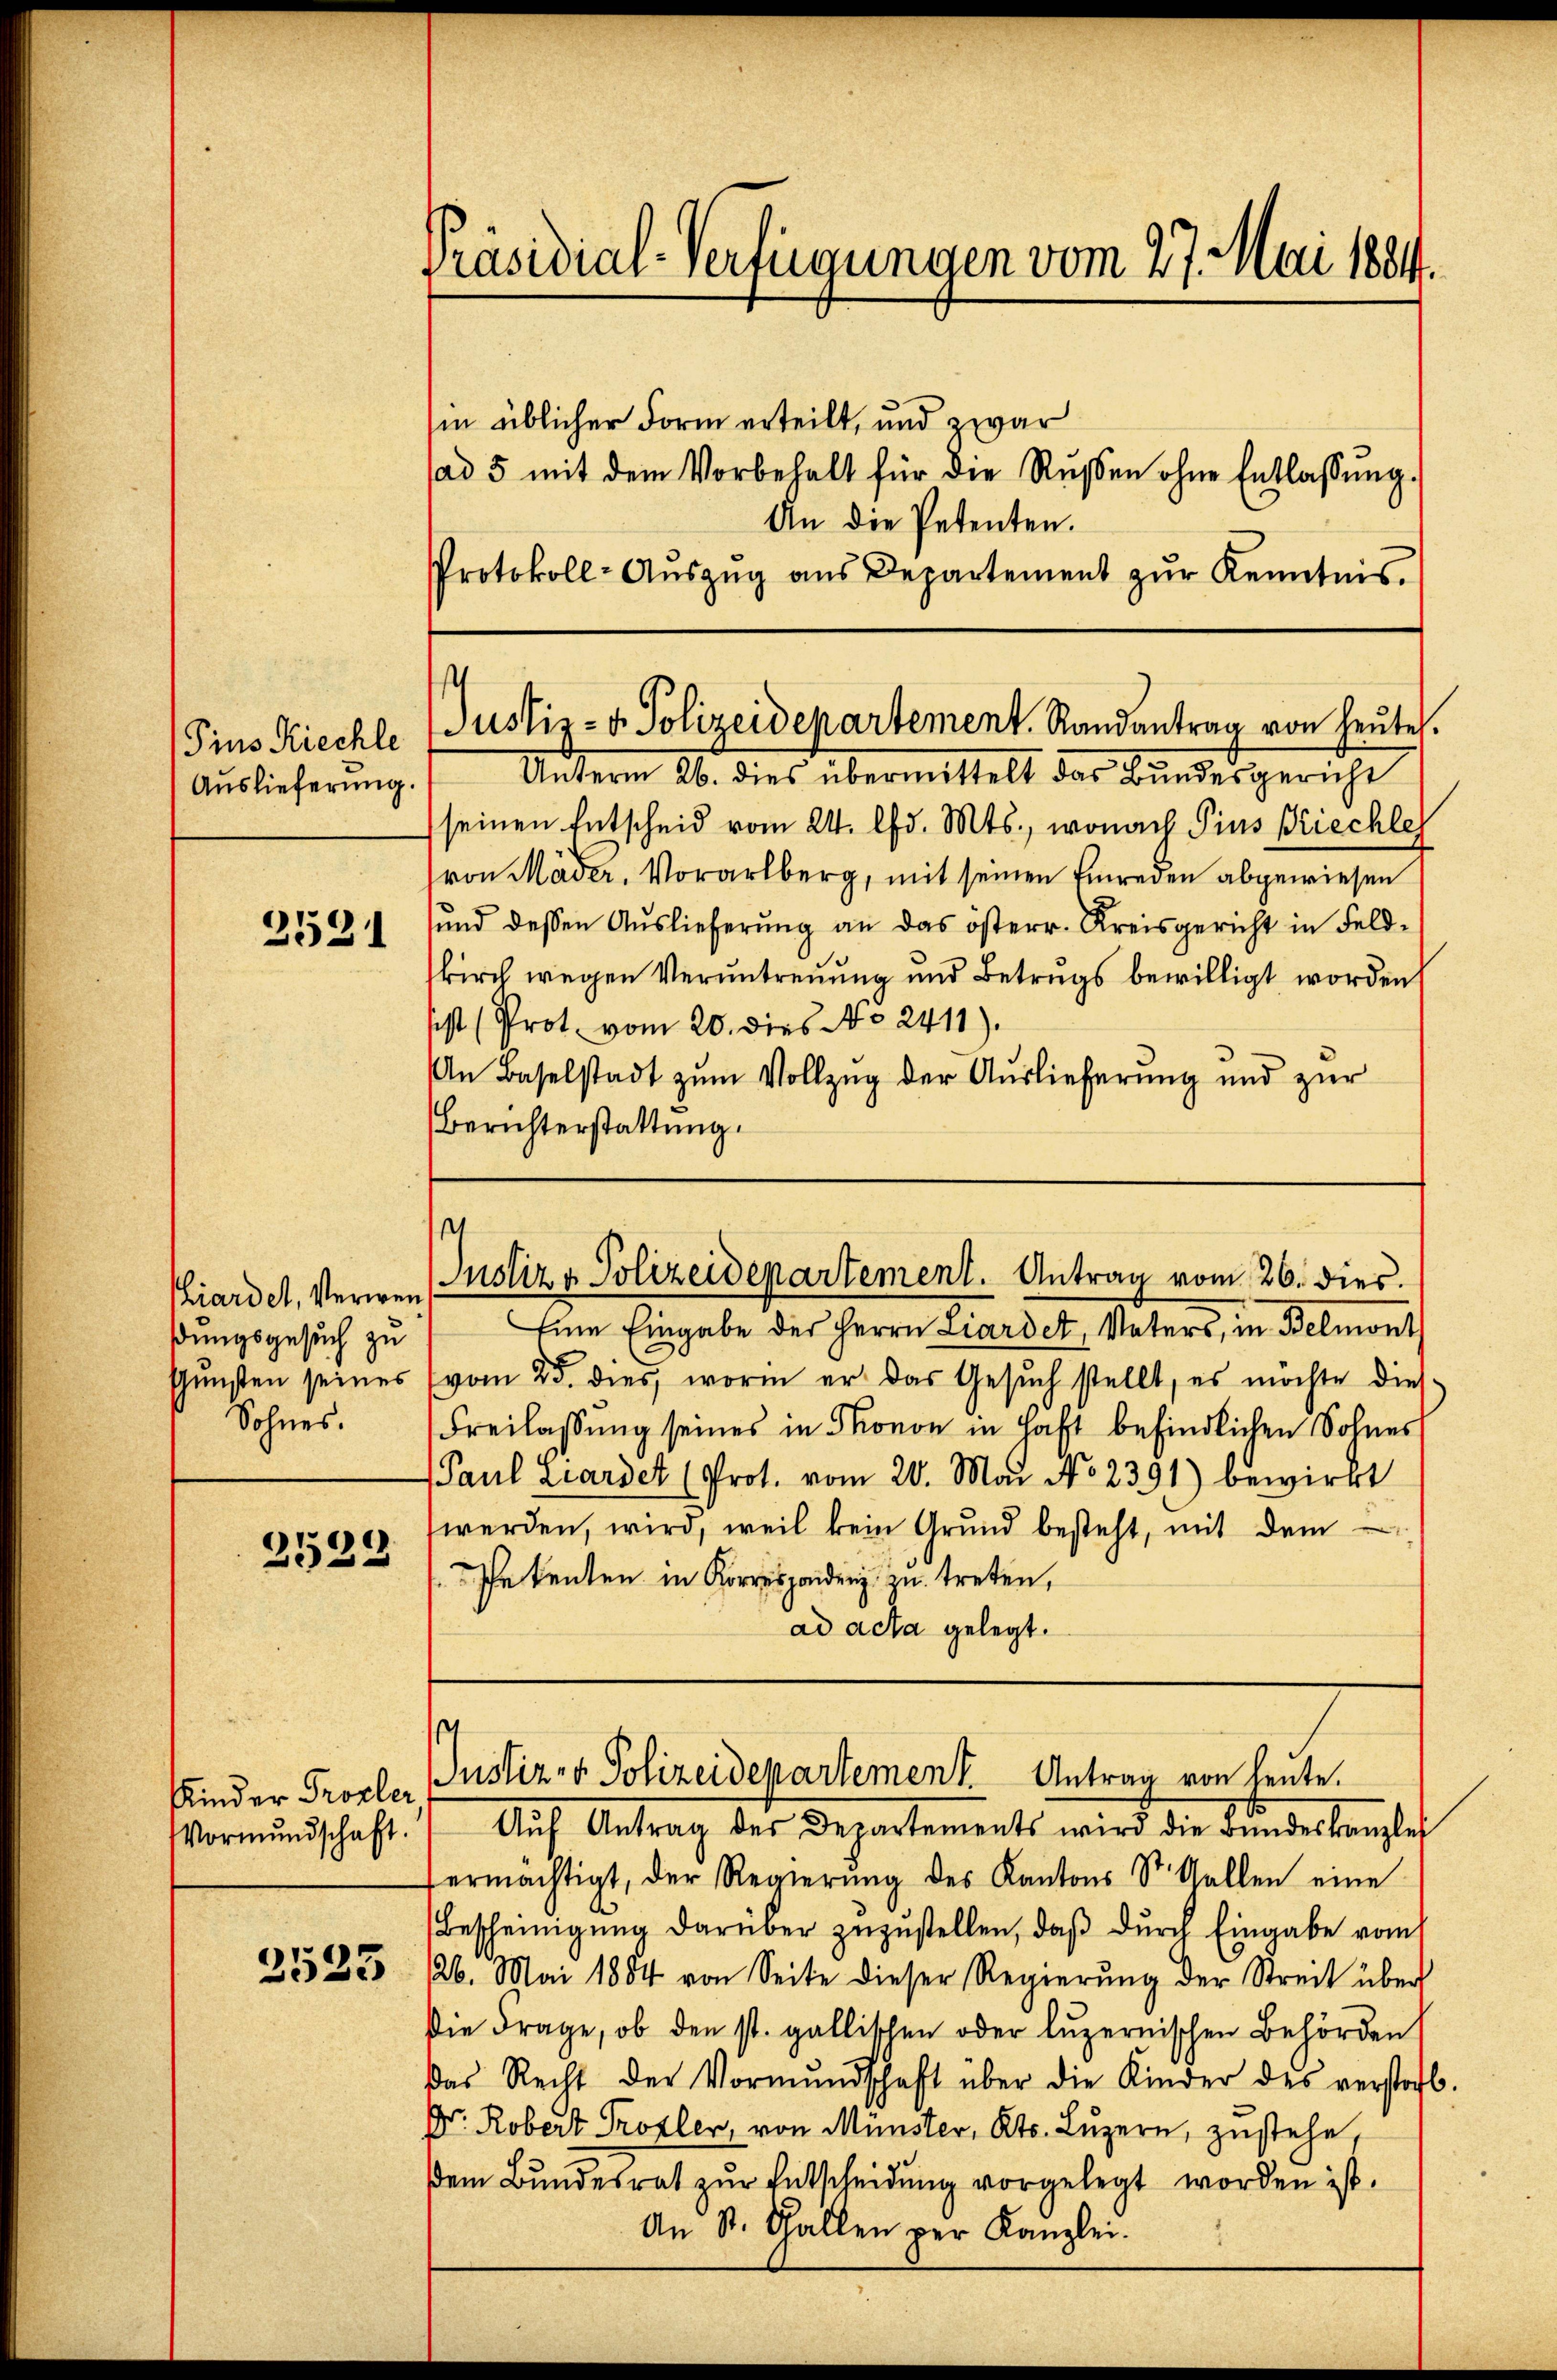
Pius Kiechle
Auslieferung.

2531

ßungsgesuch zu
Gunsten seines
Sohnes.

2522

Kinder Prozler,
Vormundschaft.

2523

Präsidial-Verfügungen vom 27. Mai 1884.
sin üblicher Form erteilt, und zwar
(ad 5 mit dem Vorbehalt für die Rŭβen ohne Entlassŭng.

An die Petenten.
Protokoll-Auszug aus Departement zŭr Kenntnis.

Justiz- & Polizeidepartement. Randantrag von heute.

Unterm 26. dies übermittelt das Bundesgericht
seinen Entscheid vom 24. d. Mts., wonach Pius Piechler
von Mäder. Vorarlberg, mit seinen Einreden abgewiesen
sund dessen Auslieferŭng an das österr. Kreisgericht in Feld-
kirch wegen Veruntreuung und Betrugs bewilligt worden
sist (Prot. vom 20. dies No 2411).
An Baselstadt zum Vollzug der Auslieferung und zur
Berichterstattung.

Eine Eingabe des Herrn Liardet, Vaters, in Belmont
vom 25. dies, worin er das Gesŭch stellt, es möchte dies
Freilassung seines in Phonon in Haft befindlichen Sohnes
Paul Lardet (Prot. vom 20. Mai No 2391) bewirkt
werden, wird, weil kein Grŭnd besteht, mit dem
Ihe kenten in Korresponder zu treten,
ad acta gelegt.

s
KLiardel, Verwendustiz & Polizeidepartement. Antrag vom 26. dies

s
Justiz- & Polizeidepartement Antrag von heute.

Auf Antrag des Departements wird die Bundeskanzle
ermächtigt, der Regierŭng des Kantons St. Gallen eine
Bescheinigŭng darüber zŭzŭstellen, daβ dŭrch Eingabe vom
126. Mai 1884 von Seite dieser Regierung der Streit über
Die Frage, ob den st. gallischen oder luzernischen Behörden
das Recht der Vormŭndschaft über die Kinder des verstorb.
Dr. Robert Profler, von Münster, Kts. Luzern, zustehe,
em Bundesrat zur Entscheidung vorgelegt worden ist.
An St. Gallen per Kanzlei.